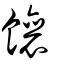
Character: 饟